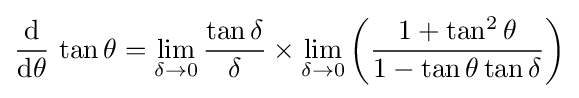
{\frac {\operatorname {d} }{\operatorname {d} \!\theta }}\,\tan \theta =\lim _{\delta \to 0}{\frac {\tan \delta }{\delta }}\times \lim _{\delta \to 0}\left({\frac {1+\tan ^{2}\theta }{1-\tan \theta \tan \delta }}\right)